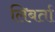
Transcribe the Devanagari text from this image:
लिबर्ता